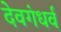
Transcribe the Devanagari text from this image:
देवगंधर्व